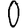
Digit: 0